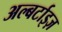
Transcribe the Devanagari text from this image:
अल्बर्टाइज़